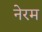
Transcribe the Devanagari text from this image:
नेरम